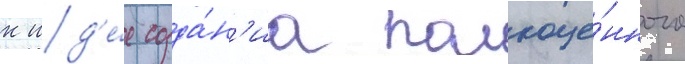
к ид'е́е созда́н'иа полноце́нного